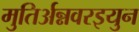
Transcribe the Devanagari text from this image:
मुतिर्अन्नवरइयुन